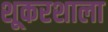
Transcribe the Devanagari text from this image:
शूकरशाला